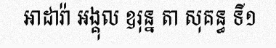
អាដារ៉ា អង្គុល ឧរុន្ន តា សុគន្ធ ទី១